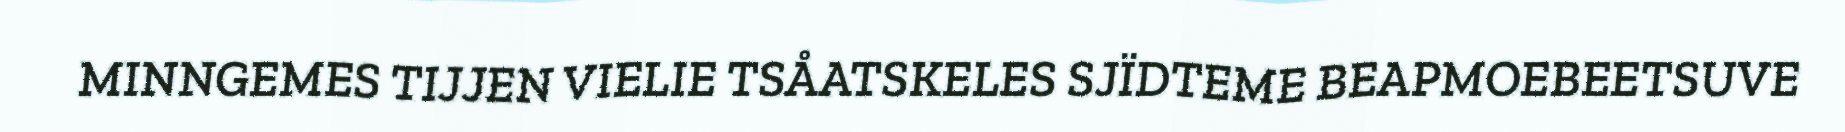
MINNGEMES TIJJEN VIELIE TSÅATSKELES SJÏDTEME BEAPMOEBEETSUVE